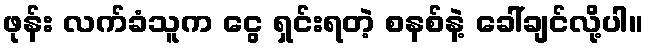
ဖုန်း လက်ခံသူက ငွေ ရှင်းရတဲ့ စနစ်နဲ့ ခေါ်ချင်လို့ပါ။